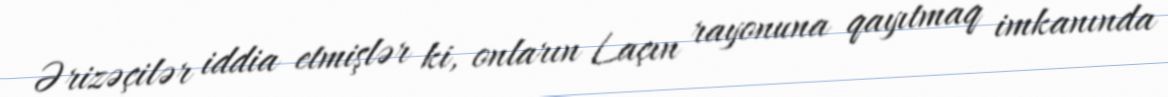
Ərizəçilər iddia etmişlər ki, onların Laçın rayonuna qayıtmaq imkanında